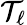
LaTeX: \mathcal{T}_{\ell}